Vaccination in the Punjab 1919-1929 - 1919-1929
Year: 1919
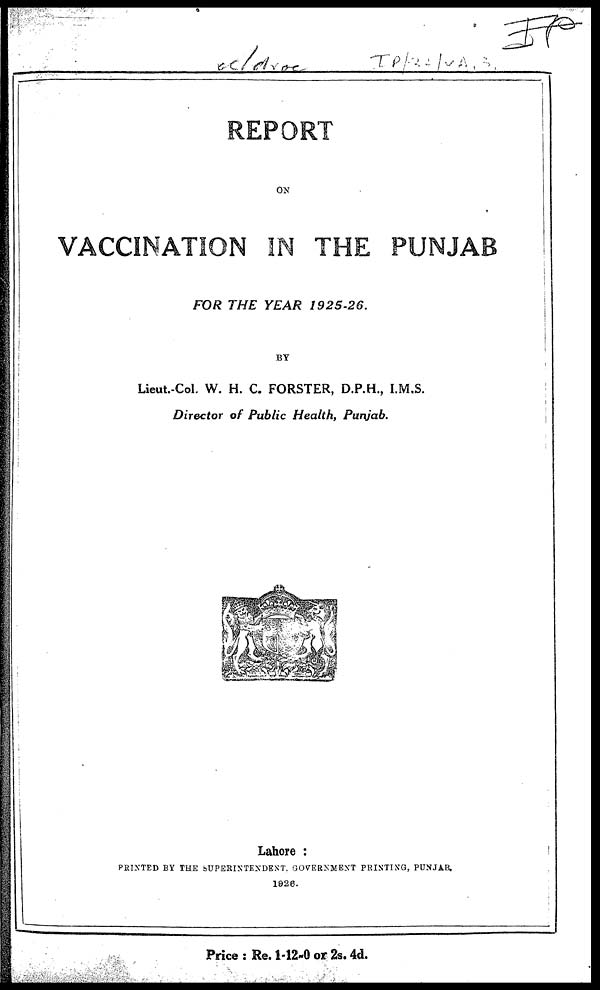
REPORT
ON
VACCINATION IN THE PUNJAB
FOR THE YEAR
1925-26.
BY
Lieut.-Col. W. H. C. FORSTER, D.P.H., I.M.S.
Director of Public Health, Punjab.
Lahore :
PRINTED BY THE SUPERINTENDENT. GOVERNMENT PRINTING, PUNJAB.
1928.
Price : Re. 1-12-0 or 2s. 4d.